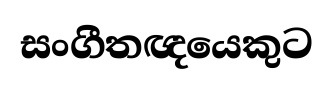
සංගීතඥයෙකුට